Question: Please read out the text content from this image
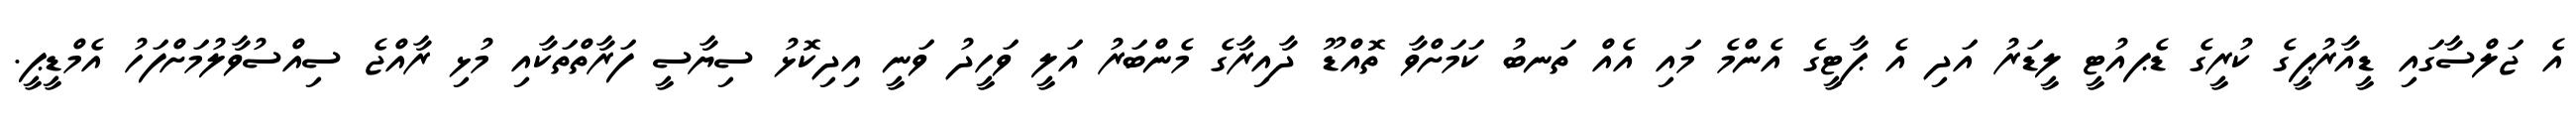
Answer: އެ ޖަލްސާގައި ޑީއާރުޕީގެ ކުރީގެ ޑެޕއުޓީ ލީޑަރު އަދި އެ ޕާޓީގެ އެންމެ މައި އެއް ތަނބު ކަމަށްވާ ތޮއްޑޫ ދާއިރާގެ މެންބަރު އަލީ ވަހީދު ވަނީ އިދިކޮޅު ސިޔާސީ ފަރާތްތަކާއި މުޅި ރާއްޖެ ސިއްސުވާލުމަށްފަހު އެމްޑީޕީ.